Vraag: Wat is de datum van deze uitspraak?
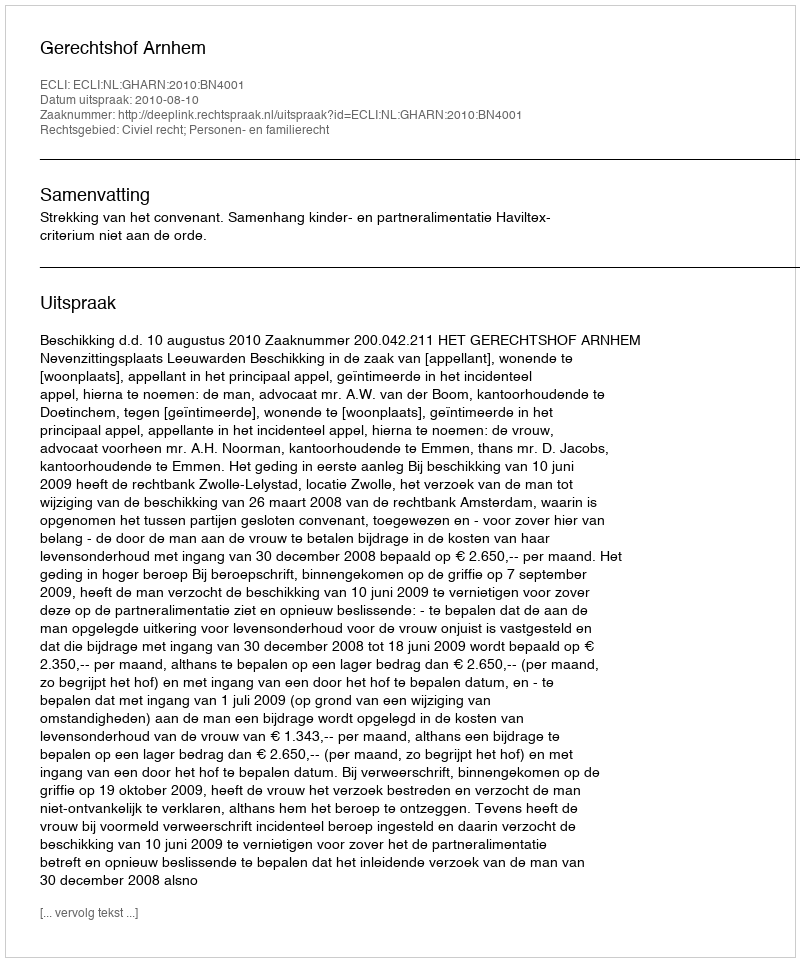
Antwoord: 2010-08-10